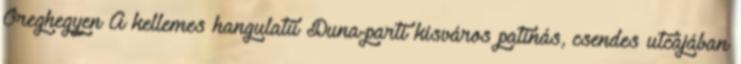
Öreghegyen A kellemes hangulatú Duna-parti kisváros patinás, csendes utcájában